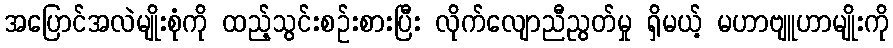
အပြောင်အလဲမျိုးစုံကို ထည့်သွင်းစဉ်းစားပြီး လိုက်လျောညီညွတ်မှု ရှိမယ့် မဟာဗျူဟာမျိုးကို